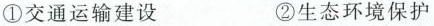
①交通运输建设 ②生态环境保护